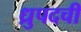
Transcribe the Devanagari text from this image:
ध्रुपदची